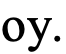
oy.